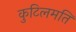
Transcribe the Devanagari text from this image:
कुटिलमति